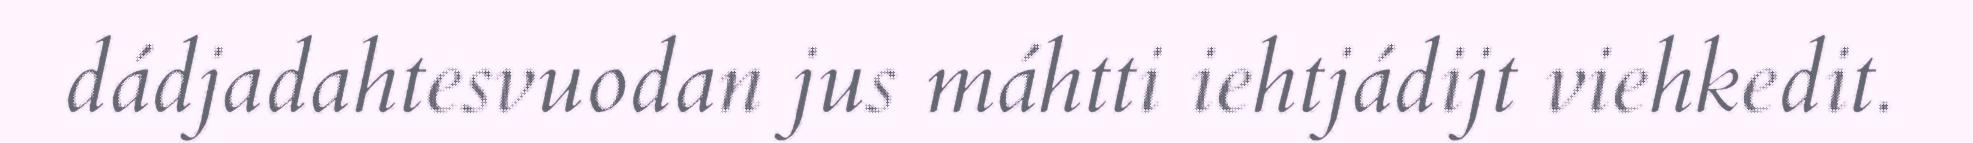
dádjadahtesvuodan jus máhtti iehtjádijt viehkedit.